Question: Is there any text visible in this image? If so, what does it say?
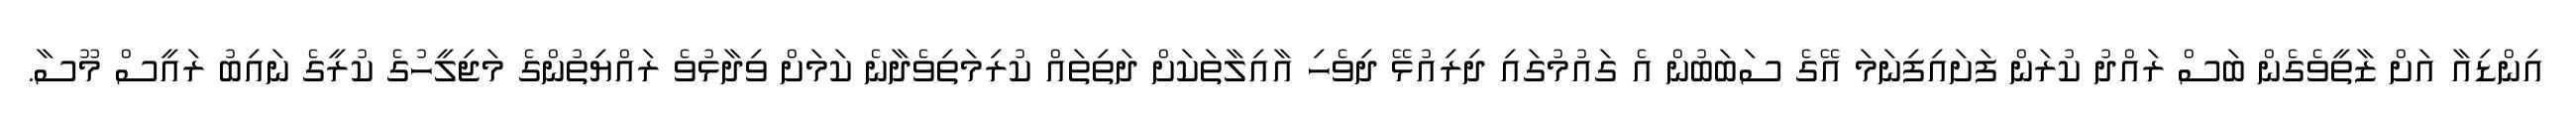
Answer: އިންޑިއާ އަށް ޒާތީވެގެން ބަސް ރައްދު ކުރަން ފަށައިފިނަމަ އޭގެ ސަބަބުން އެ ގައުމުގައި ދިރިއުޅޭ ދިވެހި އާއިލާތަކަށް ދަތިތައް ކުރިމަތިވެދާނެ ކަމަށް ވިދާޅުވެ ރައްޔިތުންގެ މަޖިލީހުގެ ކުރީގެ ނައިބު ރައީސް މޫސާ.